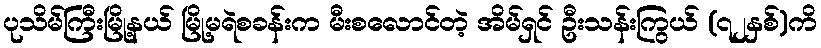
ပုသိမ်ကြီးမြို့နယ် မြို့မရဲစခန်းက မီးစလောင်တဲ့ အိမ်ရှင် ဦးသန်းကြွယ် (၇၂နှစ်)ကိ